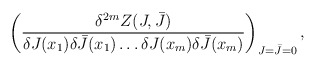
\begin{align*}\left( \frac {\delta^{2m} Z(J,\bar{J})}{\delta J(x_1) \delta \bar{J}(x_1) \ldots \delta J(x_m) \delta \bar{J}(x_m)} \right)_{J=\bar{J}=0},\end{align*}